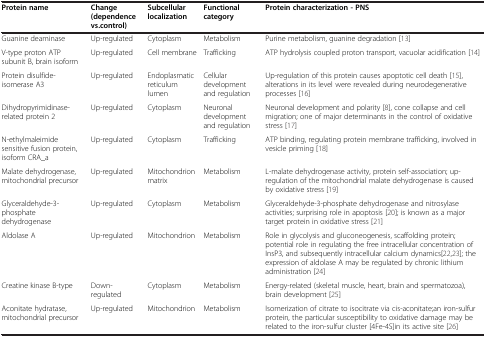
<table><thead><tr><td><b>Protein name</b></td><td><b>Change (dependence vs.control)</b></td><td><b>Subcellular localization</b></td><td><b>Functional category</b></td><td><b>Protein characterization - PNS</b></td></tr></thead><tbody><tr><td>Guanine deaminase</td><td>Up-regulated</td><td>Cytoplasm</td><td>Metabolism</td><td>Purine metabolism, guanine degradation [13]</td></tr><tr><td>V-type proton ATP subunit B, brain isoform</td><td>Up-regulated</td><td>Cell membrane</td><td>Trafficking</td><td>ATP hydrolysis coupled proton transport, vacuolar acidification [14]</td></tr><tr><td>Protein disulfide-isomerase A3</td><td>Up-regulated</td><td>Endoplasmatic reticulum lumen</td><td>Cellular development and regulation</td><td>Up-regulation of this protein causes apoptotic cell death [15], alterations in its level were revealed during neurodegenerative processes [16]</td></tr><tr><td>Dihydropyrimidinase-related protein 2</td><td>Up-regulated</td><td>Cytoplasm</td><td>Neuronal development and regulation</td><td>Neuronal development and polarity [8], cone collapse and cell migration; one of major determinants in the control of oxidative stress [17]</td></tr><tr><td>N-ethylmaleimide sensitive fusion protein, isoform CRA_a</td><td>Up-regulated</td><td>Cytoplasm</td><td>Trafficking</td><td>ATP binding, regulating protein membrane trafficking, involved in vesicle priming [18]</td></tr><tr><td>Malate dehydrogenase, mitochondrial precursor</td><td>Up-regulated</td><td>Mitochondrion matrix</td><td>Metabolism</td><td>L-malate dehydrogenase activity, protein self-association; up-regulation of the mitochondrial malate dehydrogenase is caused by oxidative stress [19]</td></tr><tr><td>Glyceraldehyde-3-phosphate dehydrogenase</td><td>Up-regulated</td><td>Cytoplasm</td><td>Metabolism</td><td>Glyceraldehyde-3-phosphate dehydrogenase and nitrosylase activities; surprising role in apoptosis [20]; is known as a major target protein in oxidative stress [21]</td></tr><tr><td>Aldolase A</td><td>Up-regulated</td><td>Mitochondrion</td><td>Metabolism</td><td>Role in glycolysis and gluconeogenesis, scaffolding protein;potential role in regulating the free intracellular concentration of InsP3, and subsequently intracellular calcium dynamics[22,23]; the expression of aldolase A may be regulated by chronic lithium administration [24]</td></tr><tr><td>Creatine kinase B-type</td><td>Down-regulated</td><td>Cytoplasm</td><td>Metabolism</td><td>Energy-related (skeletal muscle, heart, brain and spermatozoa), brain development [25]</td></tr><tr><td>Aconitate hydratase, mitochondrial precursor</td><td>Up-regulated</td><td>Mitochondrion</td><td>Metabolism</td><td>Isomerization of citrate to isocitrate via cis-aconitate;an iron-sulfur protein, the particular susceptibility to oxidative damage may be related to the iron-sulfur cluster [4Fe-4S]in its active site [26]</td></tr></tbody></table>